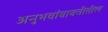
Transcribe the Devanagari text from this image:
अनुभवांबाबतीतील